Leaving Certificate Examination (including Day School Certificate (Higher) General paper), 1935
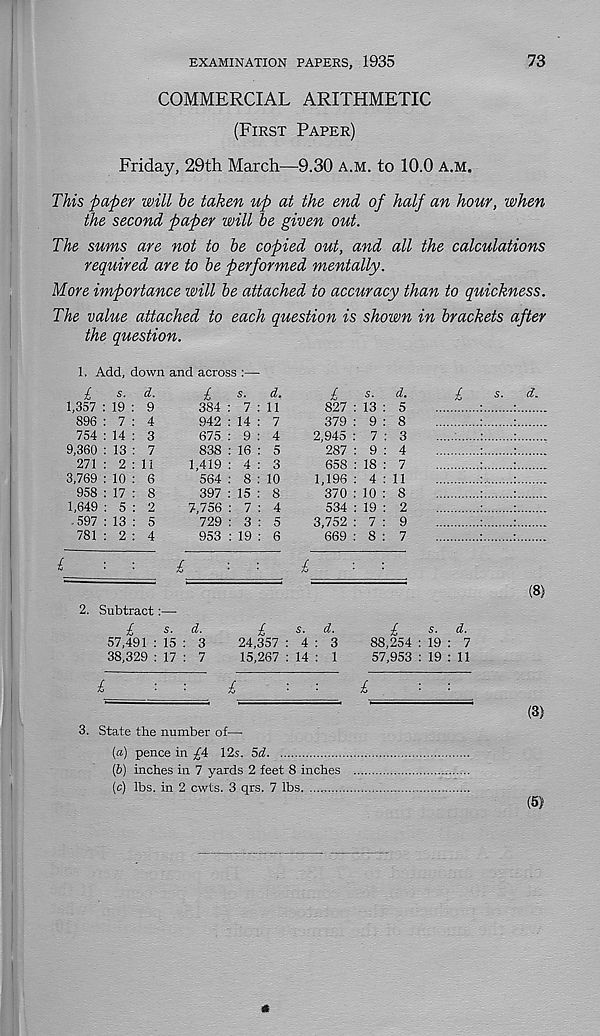
73
EXAMINATION PAPERS, 1935
COMMERCIAL ARITHMETIC
(First Paper)
Friday, 29th March—9.30 a.m. to 10.0 a.m.
This paper will be taken up at the end of half an hour, when
the second paper will be given out.
The sums are not to be copied out, and all the calculations
required are to be performed mentally.
More importance will be attached to accuracy than to quickness.
The value attached to each question is shown in brackets after
the question.
1. Add, down and across :—
£
s. d.
384 : 7:11
942 : 14 : 7
£
s. d.
1,357 : 19 : 9
896 : 7 : 4
754 : 14 : 3
9,360 : 13 : 7
271 : 2:11
3,769 : 10 : 6
958 : 17 : 8
1,649 : 5 : 2
■ 597 : 13 : 5
781 : 2 : 4
675 : 9 : 4
838 : 16 : 5
1,419 : 4 : 3
564 : 8 : 10
397 : 15 : 8
7,756 : 7 : 4
729 : 3 : 5
953 : 19 : 6
£
s. d.
827 : 13 : 5
379 : 9 : 8
2,945 : 7 : 3
287 : 9 : 4
658 : 18 : 7
1,196 : 4 : 11
370 : 10 : 8
534 : 19 : 2
3,752 : 7 : 9
669 : 8 : 7
£
s. d.
i
■■■£■■■£■
■
~
~
(8)
2. Subtract:—
£
s. d.
57,491 : 15 : 3
38,329 : 17 : 7
£
s. d.
24,357 : 4 : 3
15,267 : 14 : 1
£
s. d.
88,254 : 19 : 7
57,953 : 19 : 11
£
■
£
■
■
£
'■'■
~
~
"
(3)
3. State the number of—
(а) pence in ^4 12s. 5d
(б) inches in 7 yards 2 feet 8 inches
(c) lbs. in 2 cwts. 3 qrs. 7 lbs.
(5)